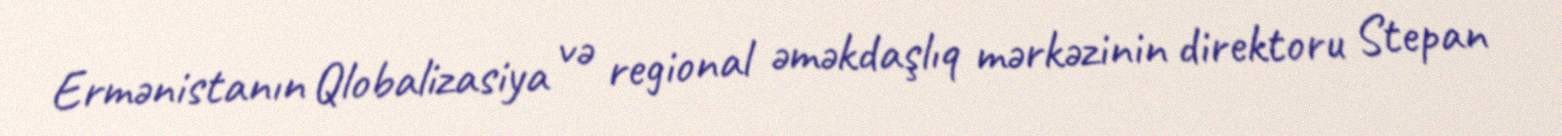
Ermənistanın Qlobalizasiya və regional əməkdaşlıq mərkəzinin direktoru Stepan